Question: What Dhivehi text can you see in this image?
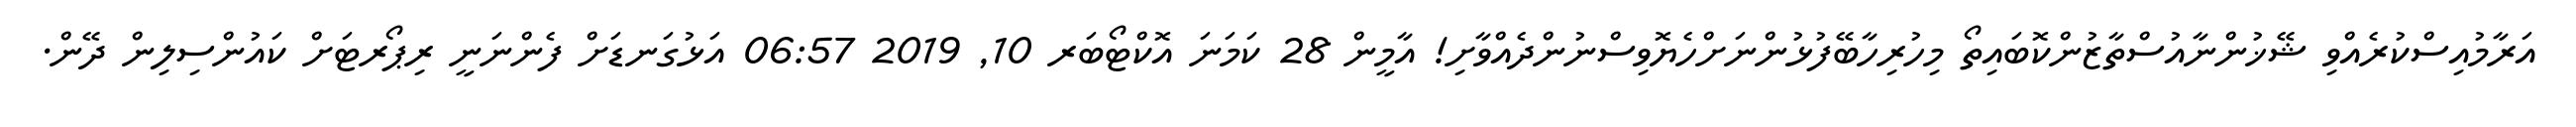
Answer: އަރާމުއިސްކުރެއްވި ޝޭޚުންނާއުސްތާޒުންކޮބައިތޯ މިހުރިހާބޭފުޅުންނަށްހެޔޮވިސްނުންދެއްވާށި! އާމީން 28 ކަމަނަ އޮކްޓޯބަރ 10, 2019 06:57 އަޅުގަނޑަށް ފެންނަނީ ރިޕޯރޓަށް ކައުންސިލިން ދޭން.